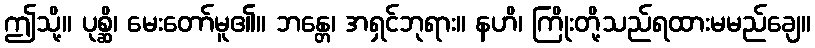
ဤသို့။ ပုစ္ဆိ၊ မေးတော်မူ၏။ ဘန္တေ၊ အရှင်ဘုရား။ နဟိ၊ ကြိုးတို့သည်ရထားမမည်ချေ။